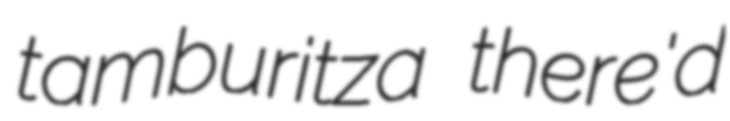
tamburitza there'd